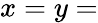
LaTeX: x=y=